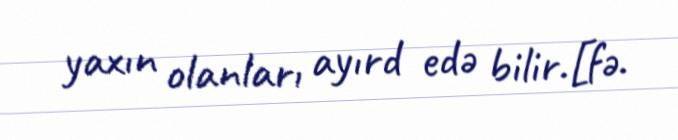
yaxın olanları ayırd edə bilir.[fə.